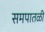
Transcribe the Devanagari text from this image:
समपातळी